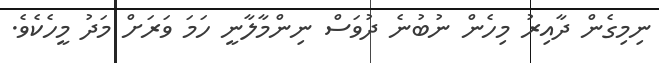
ނިމިގެން ދާއިރު މިހެން ނުބުނެ ދުވަސް ނިންމާލާނީ ހަމަ ވަރަށް މަދު މީހެކެވެ.